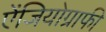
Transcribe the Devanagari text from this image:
ऐंजियोग्राफी